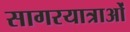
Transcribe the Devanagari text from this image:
सागरयात्राओं